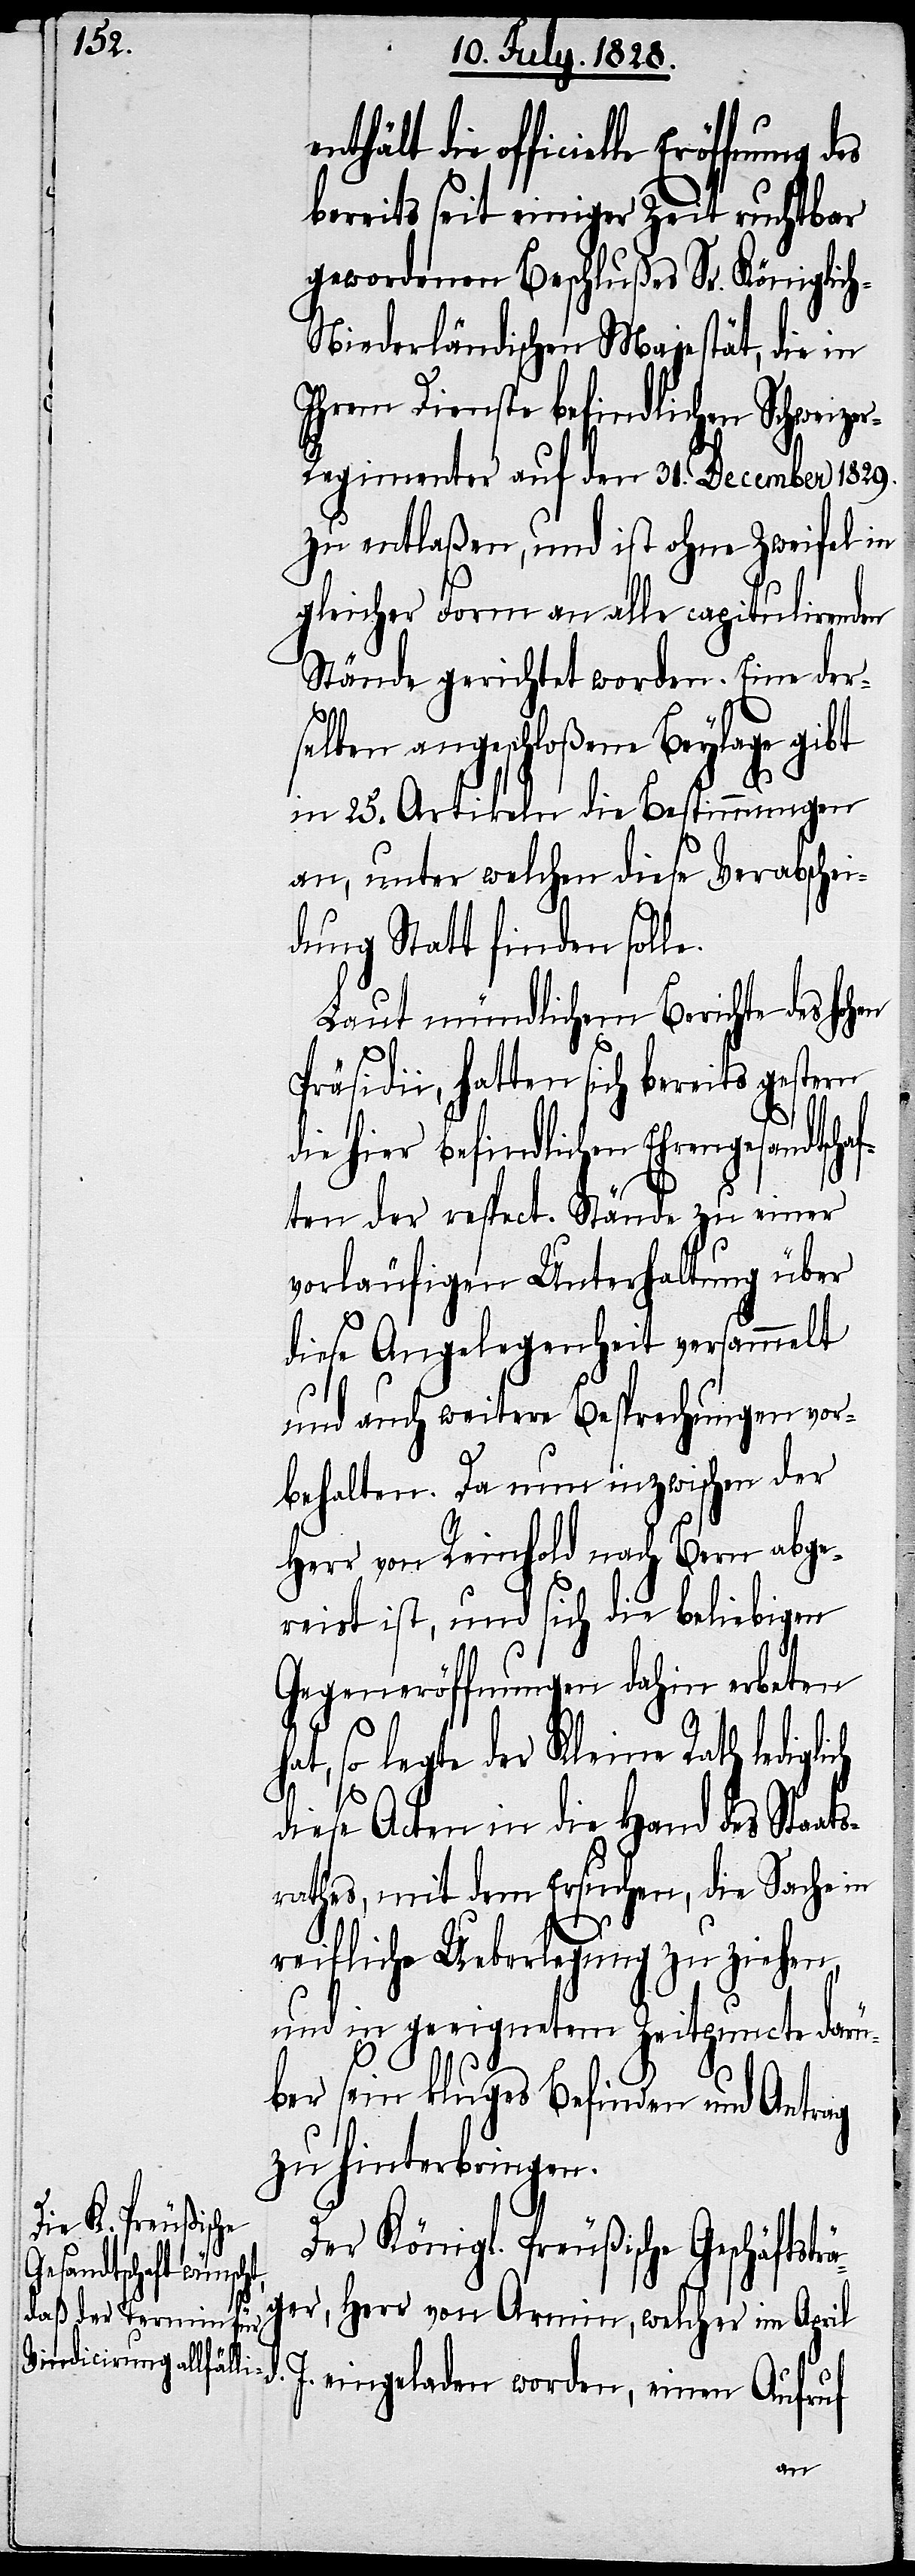
bereits seit einiger Zeit ruchtbar
gewordenen Beschlußes Sr. Königlic¬
h-Niederländischen Majestät, die in
Ihrem Dienste befindlichen Schweize¬
r-Regimenter auf den 31. December 1829.
zu entlaßen, und ist ohne Zweifel in
gleicher Form an alle capitulirenden
Stände gerichtet worden. Eine der¬
selben angeschloßene Beylage gibt
in 25. Artikeln die Bestimmungen
an, unter welchen diese Verabschei¬
dung Statt finden solle.
Laut mündlichem Berichte des hohen
Präsidii, hatten sich bereits gestern
hier befindlichen Ehrengesandts¬
ten der respect. Stände zu einer
vorläufigen Unterhaltung über
diese Angelegenheit versammelt
und auch weitere Besprechungen vor¬
behalten. Da nun inzwischen der
Herr von Reinhold nach Bern abge¬
reist ist, und sich die beliebigen
Gegeneröffnungen dahin erbeten
at, so legte der Kleine Rath ledigli¬
diese Acten in die Hand des Staat¬
srathes, mit dem Ersuchen, die Sache in
ä¬
reifliche Ueberlegung zu ziehen,
und in geeignetem Zeitpuncte darü¬
ber sein kluges Befinden und Antrag
zu hinterbringen.
Der Königl. Preußische Geschäftstr¬
ger, Herr von Armin, welcher im Apr¬
il d. J. eingeladen worden, einen Aufruf